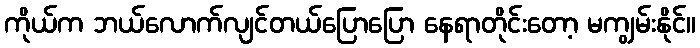
ကိုယ်က ဘယ်လောက်လျင်တယ်ပြောပြော နေရာတိုင်းတော့ မကျွမ်းနိုင်။